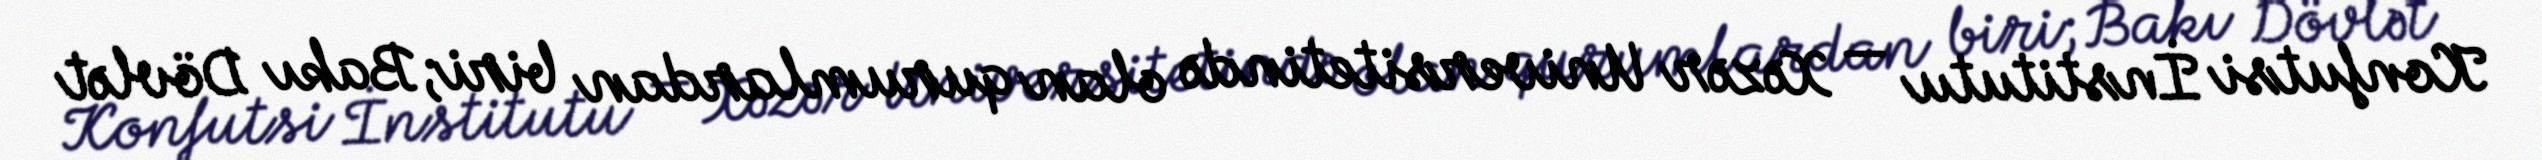
Konfutsi İnstitutu — Xəzər Universitetində olan qurumlardan biri; Bakı Dövlət